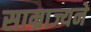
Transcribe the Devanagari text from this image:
साम्राज्यने